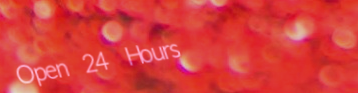
Open 24 Hours